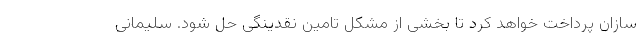
سازان پرداخت خواهد کرد تا بخشی از مشکل تامین نقدینگی حل شود. سلیمانی